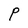
Character: P